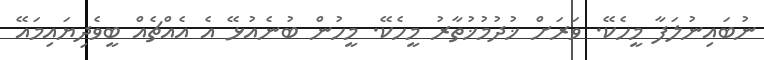
ނުބައިނުލަފާ މީހެކޭ. ވަރަށް ޚުދުމުޚުތާރު މީހެކޭ. މީހުން ބުނެއުޅޭ އެ އެއްޗެއް ބީވެދިޔައިމައޭ